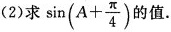
(2)求 $$\sin (A+ \frac{ \pi }{4})$$ 的值.